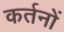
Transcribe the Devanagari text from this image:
कर्तनों